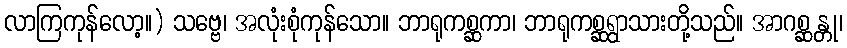
လာကြကုန်လော့။) သဗ္ဗေ၊ အလုံးစုံကုန်သော။ ဘာရုကစ္ဆကာ၊ ဘာရုကစ္ဆရွာသားတို့သည်။ အာဂစ္ဆန္တု၊